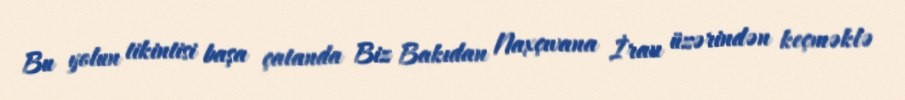
Bu yolun tikintisi başa çatanda Biz Bakıdan Naxçıvana İran üzərindən keçməklə